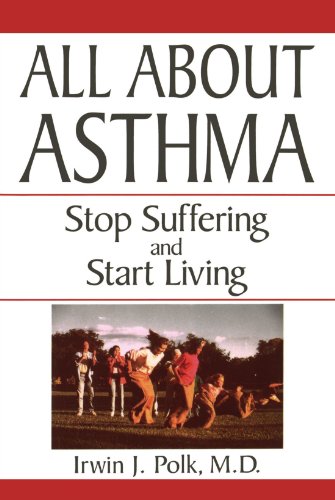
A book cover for All About Asthma: Stop Suffering And Start Living; Irwin J. Polk; Health, Fitness & Dieting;